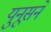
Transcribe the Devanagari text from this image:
युनूसने